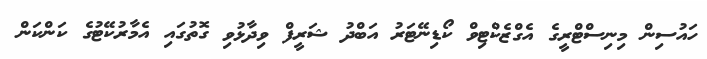
ހައުސިން މިނިސްޓްރީގެ އެގްޒެކްޓިވް ކޯޑިނޭޓަރު އަބްދު ޝަރީފް ވިދާޅުވި ގޮތުގައި އެމާރުކޭޓުގެ ކަންކަން